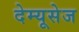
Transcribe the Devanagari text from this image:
देम्यूसेज